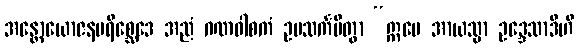
အန္တောယောဇနပရိစ္ဆေဒေ အညံ ဂဏဝါစကံ ဥပသင်္ကမိတွာ “ဣမေ အာယသ္မာ ဥဒ္ဒေသာဒီဟိ